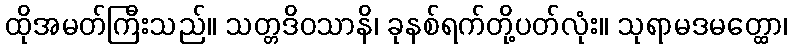
ထိုအမတ်ကြီးသည်။ သတ္တဒိဝသာနိ၊ ခုနစ်ရက်တို့ပတ်လုံး။ သုရာမဒမတ္ထော၊